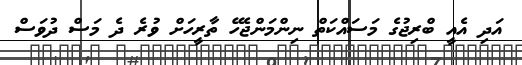
އަދި އެއީ ބްރިޖުގެ މަސައްކަތް ނިންމަންޖެހޭ ތާރީހަށް ވުރެ ދެ މަސް ދުވަސް